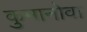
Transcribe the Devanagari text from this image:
कुमानोवा